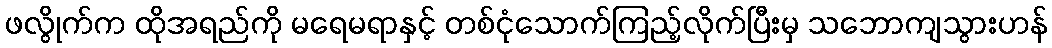
ဖလွိုက်က ထိုအရည်ကို မရေမရာနှင့် တစ်ငုံသောက်ကြည့်လိုက်ပြီးမှ သဘောကျသွားဟန်